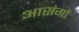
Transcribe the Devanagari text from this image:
आसंगों